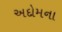
અદોમના